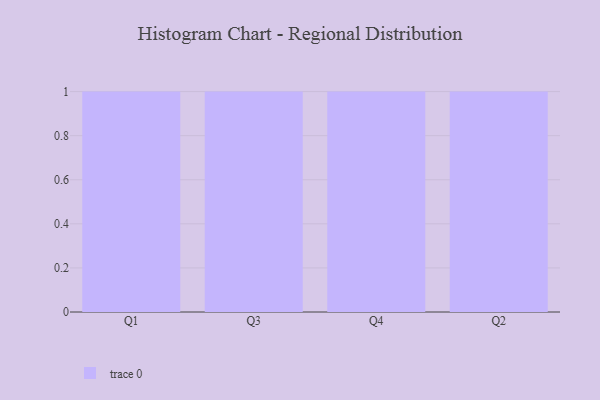
{"axis": {"x": "Quarter", "y": "Conversion Rate (%)"}, "legend": [""], "data": [{"x": "Q1", "y": 47, "type": ""}, {"x": "Q3", "y": 32, "type": ""}, {"x": "Q4", "y": 69, "type": ""}, {"x": "Q2", "y": 83, "type": ""}]}